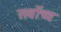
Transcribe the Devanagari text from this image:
सर्वाेच्च